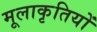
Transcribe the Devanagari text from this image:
मूलाकृतियों